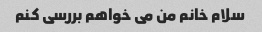
سلام خانم من می خواهم بررسی کنم